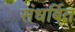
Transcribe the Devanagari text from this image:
संधर्बित